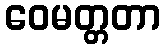
ဝေမတ္တတာ